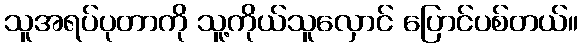
သူအရပ်ပုတာကို သူ့ကိုယ်သူလှောင် ပြောင်ပစ်တယ်။